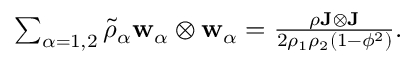
\begin{array} { r } { \sum _ { \alpha = 1 , 2 } \tilde { \rho } _ { \alpha } \mathbf { w } _ { \alpha } \otimes \mathbf { w } _ { \alpha } = \frac { \rho \mathbf { J } \otimes \mathbf { J } } { 2 \rho _ { 1 } \rho _ { 2 } ( 1 - \phi ^ { 2 } ) } . } \end{array}